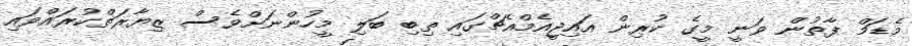
މެޑަމް ފާތުން ވަނީ މީގެ ކުރިން އައިޖީއެމްއެޗްގައި ތިބި ބަލި މީހުންނަށްވެސް ޒިޔާރަތްކުރައްވައި